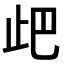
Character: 𣥘